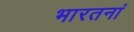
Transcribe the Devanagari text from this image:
भारतनां